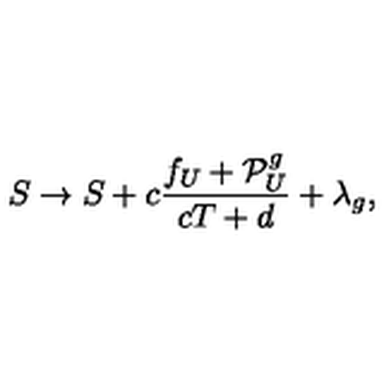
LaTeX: S \rightarrow S + c \frac { f _ { U } + { \cal P } _ { U } ^ { g } } { c T + d } + \lambda _ { g } ,